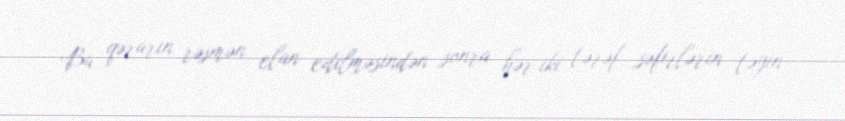
Bu qərarın rəsmən elan edilməsindən sonra hər iki tərəf səfirlərin təyin